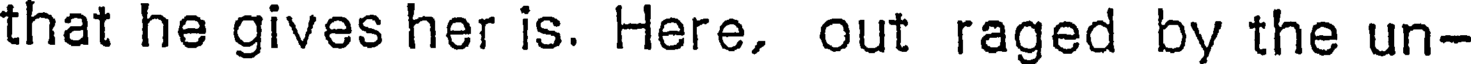
that he gives her is. Here, out raged by the un-